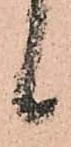
候